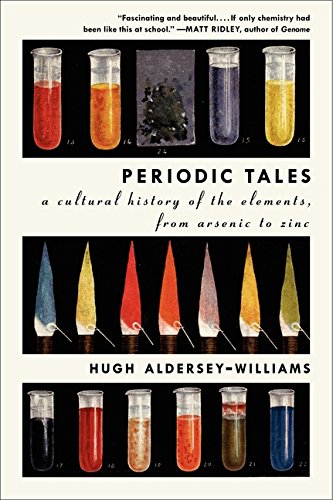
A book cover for Periodic Tales: A Cultural History of the Elements, from Arsenic to Zinc; Hugh Aldersey-Williams; Science & Math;